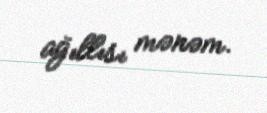
ağıllısı mənəm.